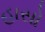
હાસો